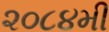
૨૦૮૪મી